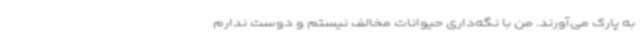
به پارک می‌آورند. من با نگه‌داری حیوانات مخالف نیستم و دوست ندارم